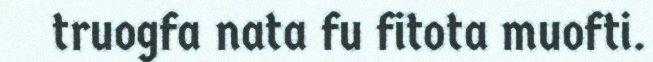
truogfa nata fu fitota muofti.